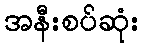
အနီးစပ်ဆုံး